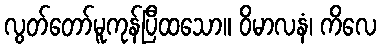
လွတ်တော်မူကုန်ပြီထသော။ ဝိမာလနံ၊ ကိလေ